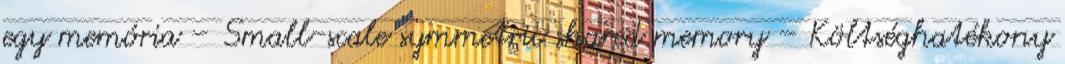
egy memória – Small-scale symmetric shared memory – Költséghatékony